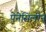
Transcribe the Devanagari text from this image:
पेनेसिलीन